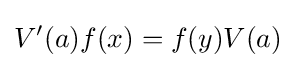
V'(a)f(x)=f(y)V(a)